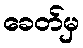
ခေတ်မှ